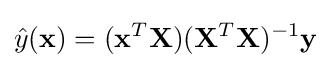
{\hat {y}}({\mathbf {x} })=({\mathbf {x} }^{T}{\mathbf {X} })({\mathbf {X} }^{T}{\mathbf {X} })^{-1}{\mathbf {y} }